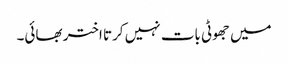
میں جھوٹی بات نہیں کرتا اختر بھائی۔